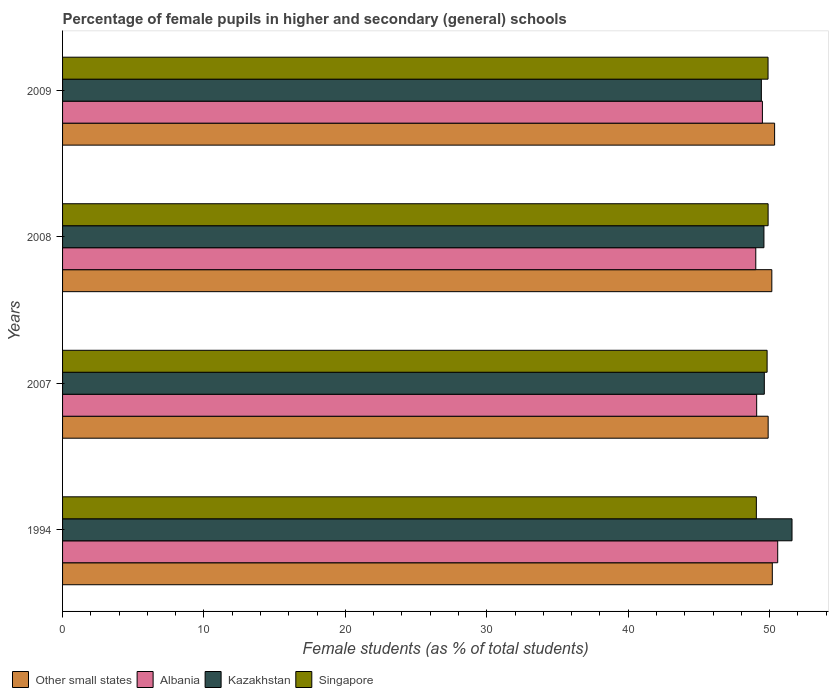
| Years | Other small states | Albania | Kazakhstan | Singapore |
 | --- | --- | --- | --- | --- |
 | 1994 | 50.2 | 50.6 | 51.6 | 49.1 |
 | 2007 | 49.9 | 49.1 | 49.6 | 49.8 |
 | 2008 | 50.2 | 49 | 49.6 | 49.9 |
 | 2009 | 50.3 | 49.5 | 49.4 | 49.9 |